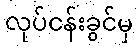
လုပ်ငန်းခွင်မှ